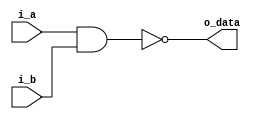
`timescale 1ns / 1ps
module bit1_nand(
i_a,
i_b,
o_data
);

input i_a, i_b;

output o_data;


nand (o_data, i_a, i_b);

endmodule